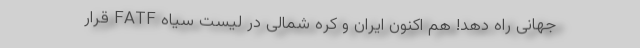
جهانی راه دهد! هم اکنون ایران و کره شمالی در لیست سیاه FATF قرار